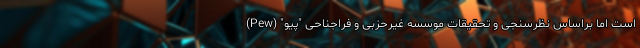
است اما براساس نظرسنجی و تحقیقات موسسه غیرحزبی و فراجناحی "پیو" (Pew)